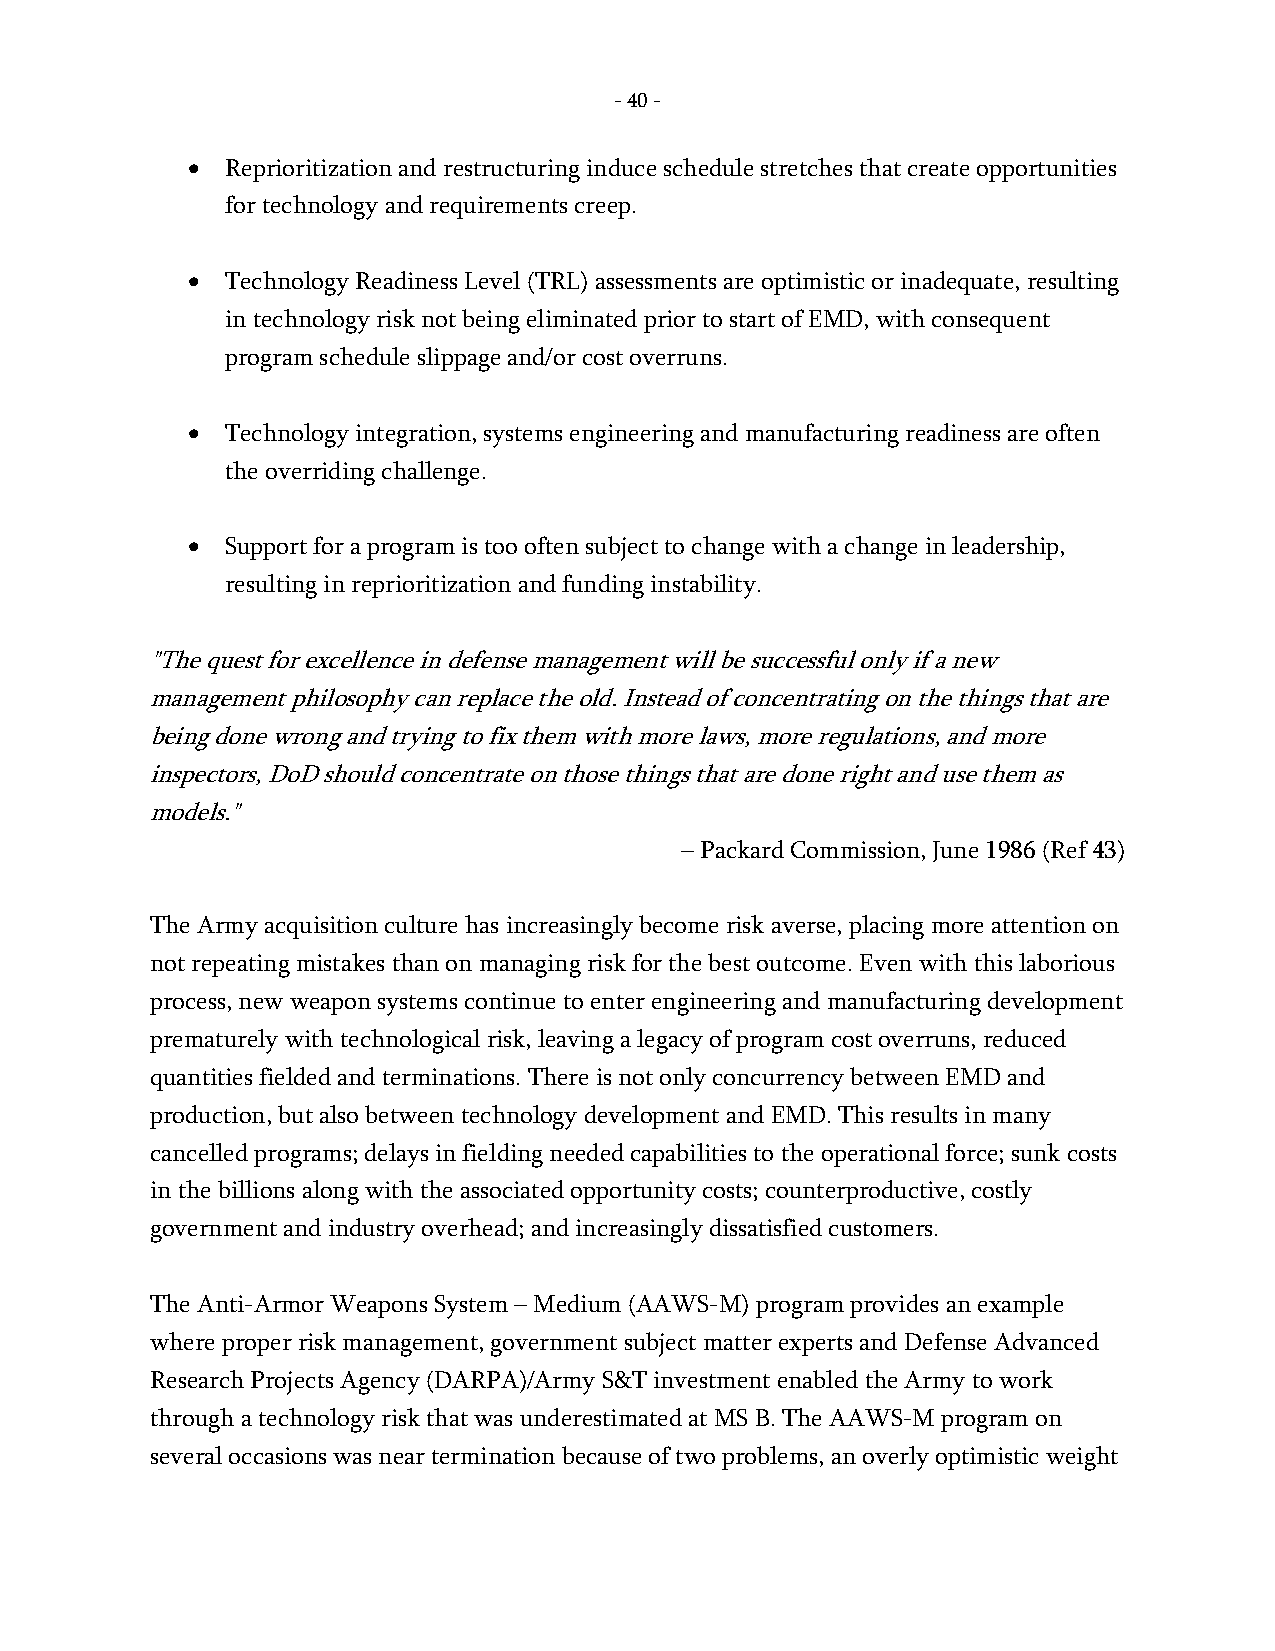
- 40 -
 •  Reprioritization and restructuring induce schedule stretches that create opportunities
 for technology and requirements creep.
 •  Technology Readiness Level (TRL) assessments are optimistic or inadequate, resulting
 in technology risk not being eliminated prior to start of EMD, with consequent
 program schedule slippage and/or cost overruns.
 •  Technology integration, systems engineering and manufacturing readiness are often
 the overriding challenge.
 •  Support for a program is too often subject to change with a change in leadership,
 resulting in reprioritization and funding instability.
 "The quest for excellence in defense management will be successful only if a new
 management philosophy can replace the old. Instead of concentrating on the things that are
 being done wrong and trying to fix them with more laws, more regulations, and more
 inspectors, DoD should concentrate on those things that are done right and use them as
 models."
 – Packard Commission, June 1986 (Ref 43)
 The Army acquisition culture has increasingly become risk averse, placing more attention on
 not repeating mistakes than on managing risk for the best outcome. Even with this laborious
 process, new weapon systems continue to enter engineering and manufacturing development
 prematurely with technological risk, leaving a legacy of program cost overruns, reduced
 quantities fielded and terminations. There is not only concurrency between EMD and
 production, but also between technology development and EMD. This results in many
 cancelled programs; delays in fielding needed capabilities to the operational force; sunk costs
 in the billions along with the associated opportunity costs; counterproductive, costly
 government and industry overhead; and increasingly dissatisfied customers.
 The Anti-Armor Weapons System – Medium (AAWS-M) program provides an example
 where proper risk management, government subject matter experts and Defense Advanced
 Research Projects Agency (DARPA)/Army S&T investment enabled the Army to work
 through a technology risk that was underestimated at MS B. The AAWS-M program on
 several occasions was near termination because of two problems, an overly optimistic weight
 -
 40
 -